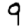
Digit: 9